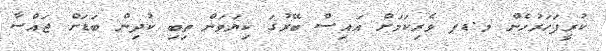
ކުރީފަހަރުހެން މ.ޑޕ ވެރިކަމަށް އައިސް ބޭރުގަ ކިޔަވަން ތިބި ކުދިން ބަޑަށް ޖައްސާ